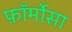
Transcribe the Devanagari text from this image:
फ़ॉर्मोसा